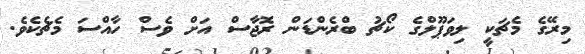
މިރޭގެ މެޗަކީ ލިވަޕޫލްގެ ކޯޗު ބްރެންޑަން ރޮޖާސް އަށް ވެސް ހާއްސަ މެޗެކެވެ.